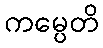
ကမ္ပေတိ